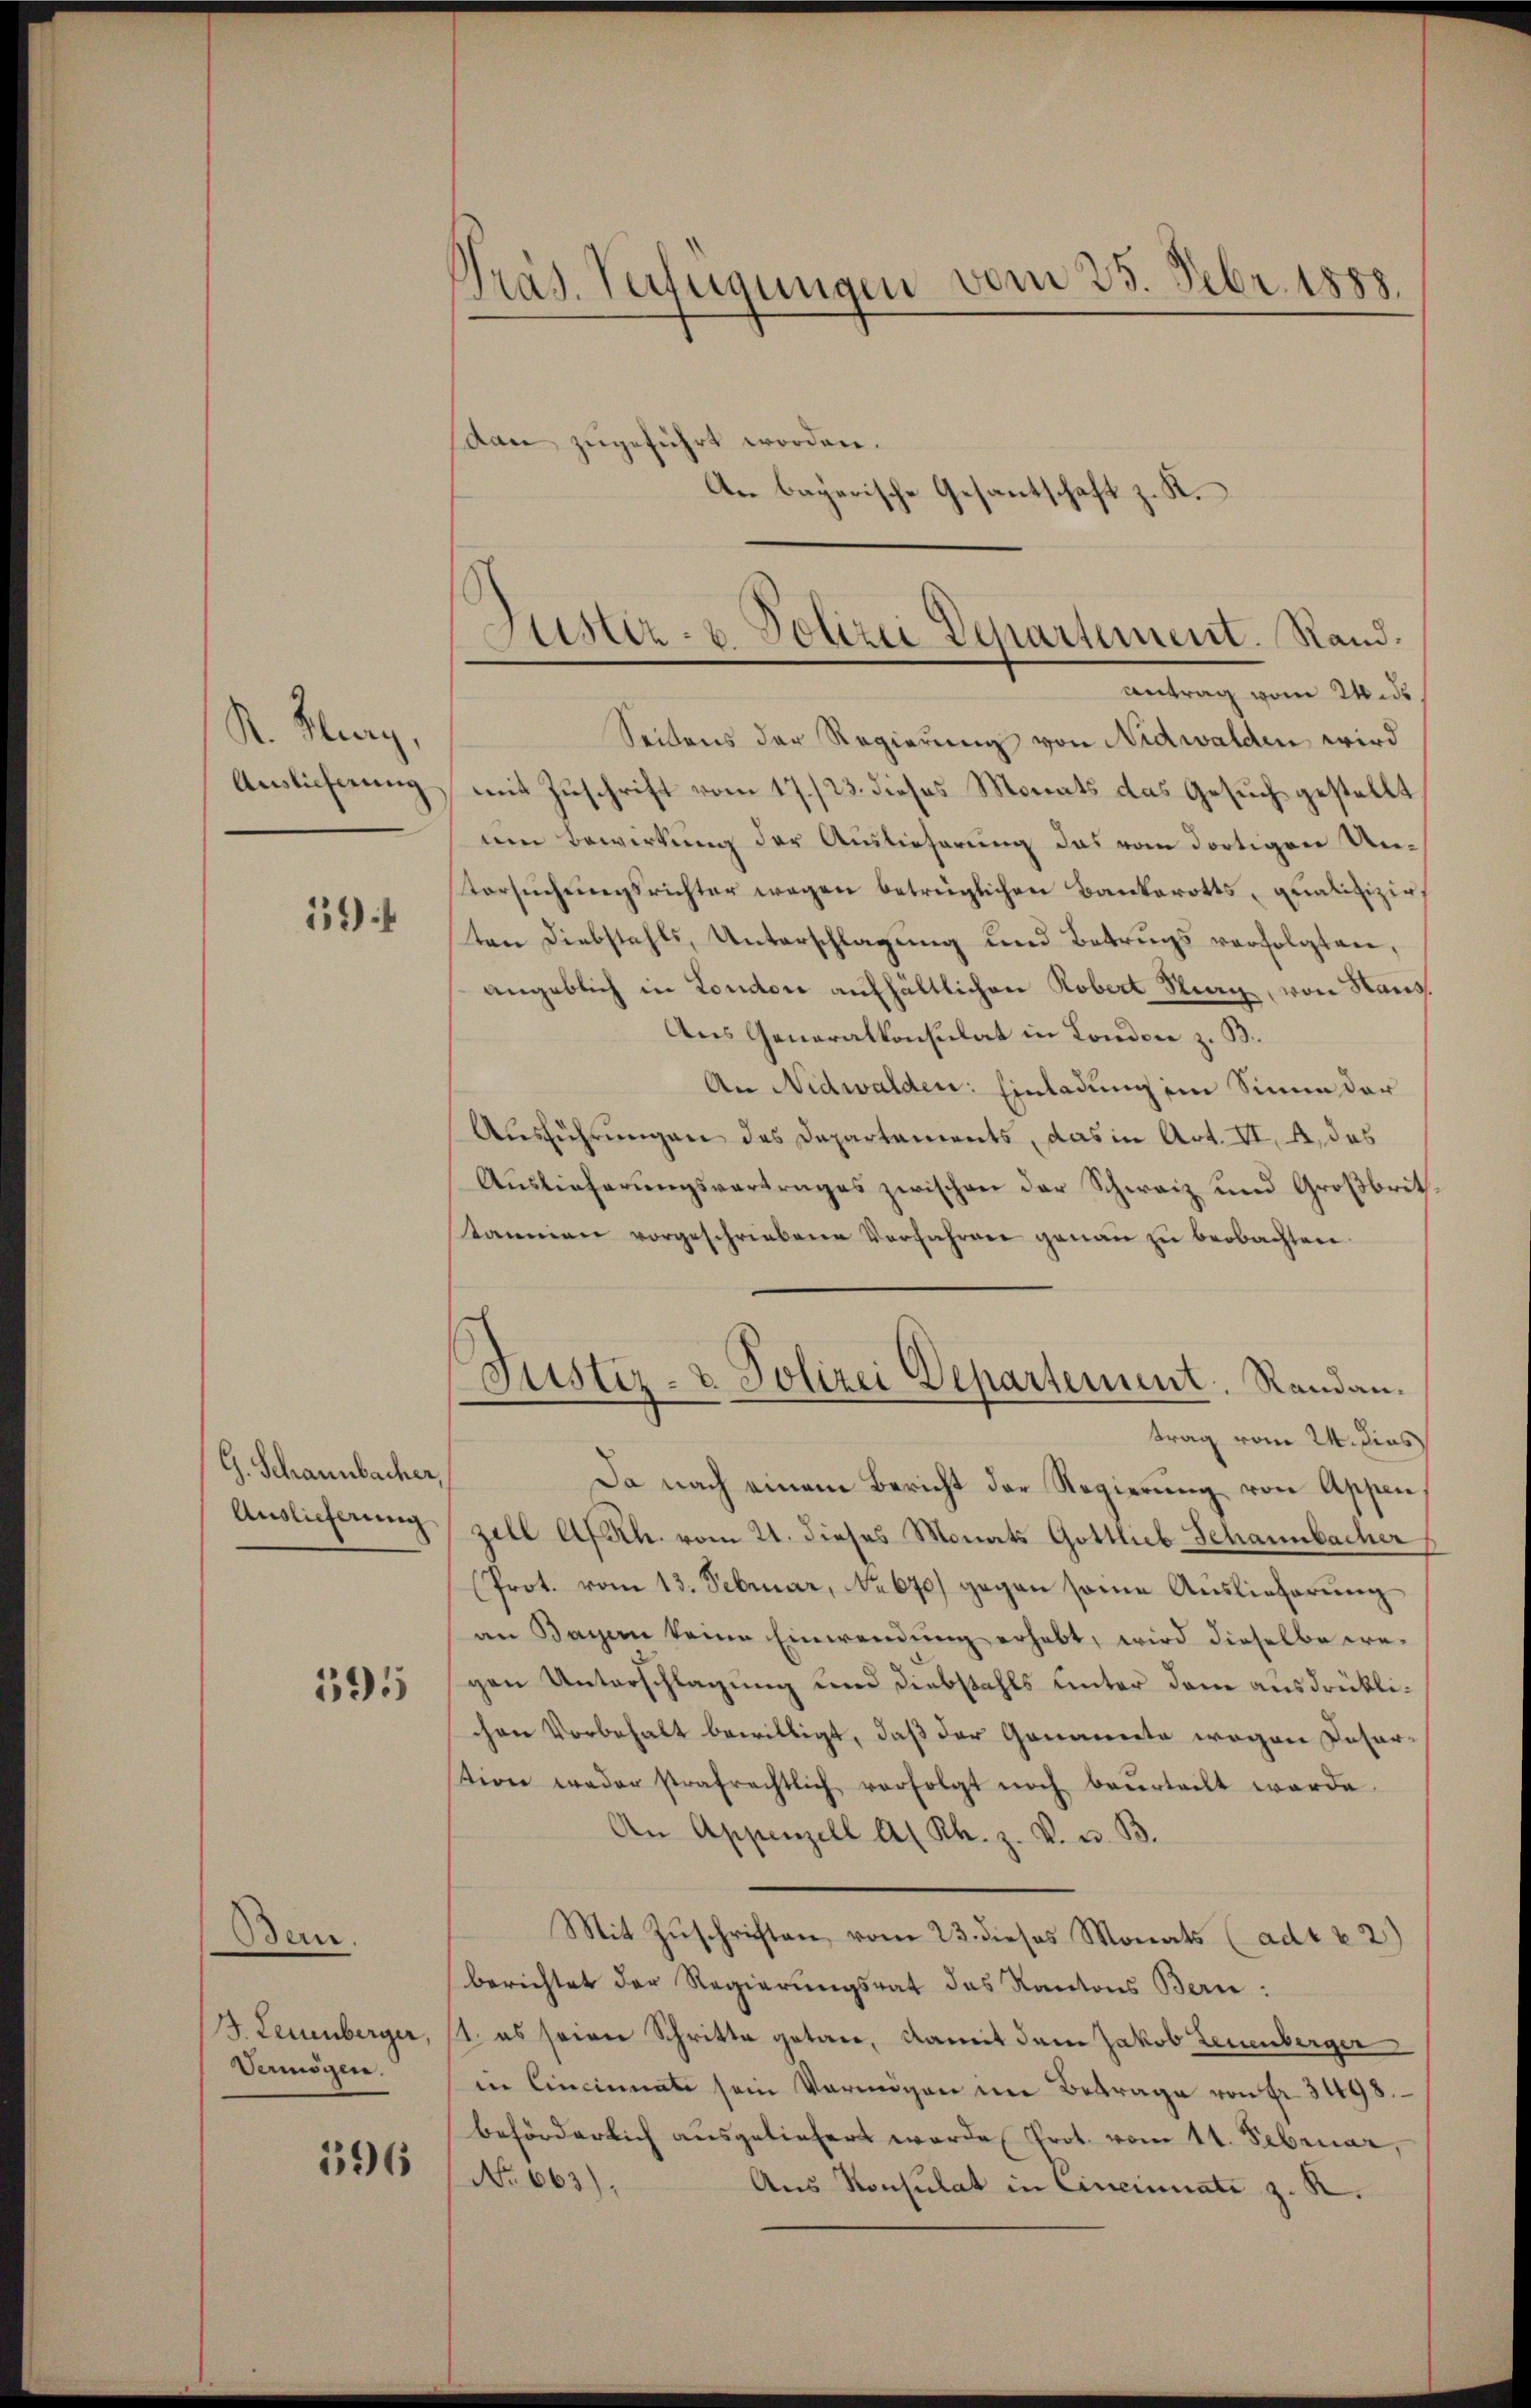
A. Burg,
Auslieferung

11)

G. Schannbacher,

Bern.
J. Leuenberger,
Vermögen.

595

196

Präs. Verfügungen vom 25. Febr. 1888.

stan zugeführt worden.
An bayerische Gesantschaft z. R.

Seitens der Regierung von Nidwalden wird
mit Zuschrift vom 17./23. dieses Monats das Gesuch gestellt
uen Bewirkung der Auslieferung das vom dortigen Untersŭchŭngsrichter wegen betrüglichen Bankerotts, qualifizie
ten Diebstahls, Unterschlagung und Betrugs verfolgten,
angeblich in London aufhältlichen Robert Stieg, von Haus
Aus Generalkonsulat in London z. B.
An Nidwalden: Einladung im Sinne der
Ausführungen des Departements, das in Art. II. A. das
Auslieferungsvertrages zwischen der Schweiz und Großbrit
stammen vorgeschriebene Verfahren genau zu beobachten.
Da nach einem Bericht der Regierung von Appen,
Auslieferung zell A/Rh. vom 21. dieses Monats Gottlieb Schannbacher
(Prot. vom 13. Februar, No 670) gegen seine Auslieferŭng
an Bayern keine Einwendŭng erhabt, wird dieselbe we-
gen Unterschlagung und Diebstahls unter dem ausdrüklichen Vorbehalt bewilligt, daß der Genannte wegen Deserstion weder strafrechtlich verfolgt noch beurteilt werde
An Appenzell A. Rh. z. V. u. B.
Mit Zŭschriften vom 23. dieses Monats (adt u. 2)
berichtet der Regierungsrat das Kantons Bern:
11. es seiner Schritte getan, damit dem Jakob Leuenberger
in Cincinate sein Vermögen die Betrage von Fr. 3498.
beförderlich ausgeliefert werde Prot. vom 11. Februar,
No 663)
Aus Konsulat in Cincinnate z. R.

Justiz- u. Polizei Departement. Rand.
Antrag vom 24. ds

Justiz- & Polizei Departement. Randantrag vom 24. dies